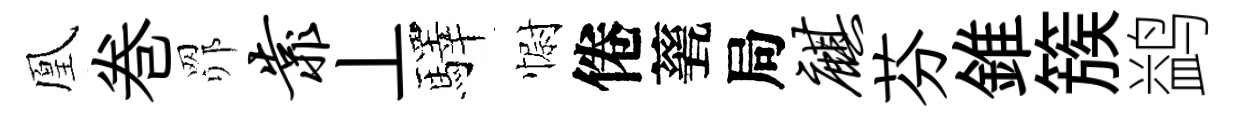
凰巻𦊑靠丄驛𢠢倦甆局麒芬錐簇鹢